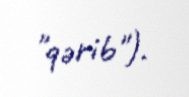
"qərib").